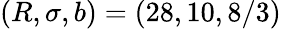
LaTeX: (R,\sigma,b)=(28,10,8/3)